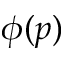
\phi ( p )